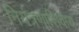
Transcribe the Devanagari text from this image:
नियंत्रणाशिवाय